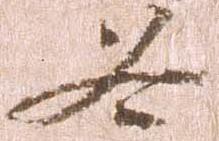
各